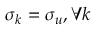
\sigma _ { k } = \sigma _ { u } , \forall k